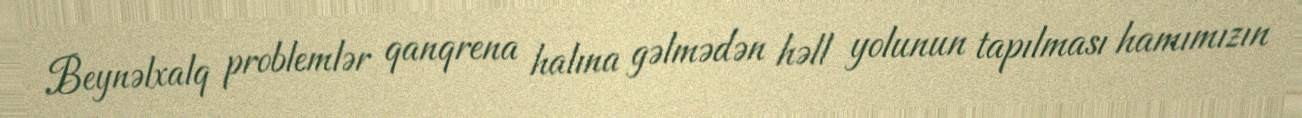
Beynəlxalq problemlər qanqrena halına gəlmədən həll yolunun tapılması hamımızın